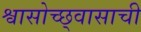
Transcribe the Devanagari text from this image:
श्वासोच्छ्वासाची